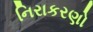
નિરાકરણો